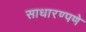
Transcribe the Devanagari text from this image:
साधारण्पणे